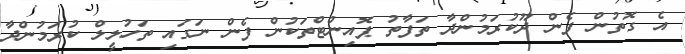
އެ ގޮތުން ފެން ދޫކުރަމުންދާ ތަފާތު ޕޮއިންޓްތަކުން ފެން ނަގައި ތަހުލީލް ކުރަމުންދާ